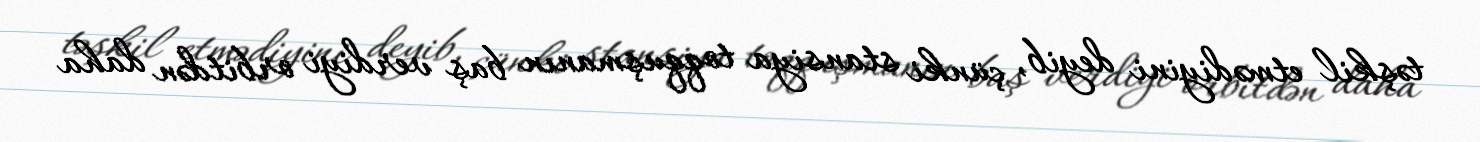
təşkil etmədiyini deyib, çünki stansiya toqquşmanın baş verdiyi orbitdən daha